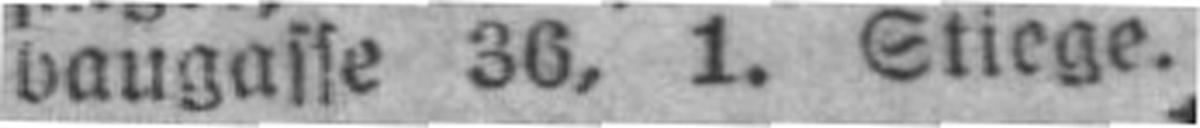
baugasse 36, 1. Stiege.